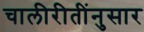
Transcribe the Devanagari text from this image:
चालीरीतींनुसार